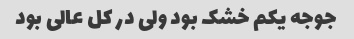
جوجه یکم خشک بود ولی در کل عالی بود